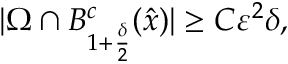
| \Omega \cap B _ { 1 + \frac { \delta } { 2 } } ^ { c } ( \hat { x } ) | \geq C \varepsilon ^ { 2 } \delta ,